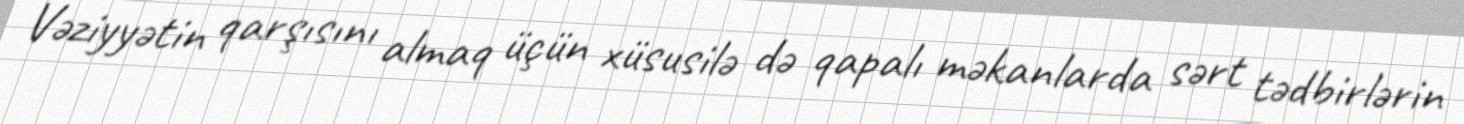
Vəziyyətin qarşısını almaq üçün xüsusilə də qapalı məkanlarda sərt tədbirlərin